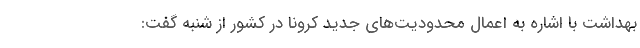
بهداشت با اشاره به اعمال محدودیت‌های جدید کرونا در کشور از شنبه گفت: